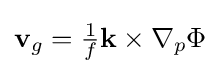
{\textstyle \mathbf {v} _{g}={\frac {1}{f}}\mathbf {k} \times \nabla _{p}\Phi }